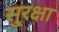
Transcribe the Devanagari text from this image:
सु्रक्षा